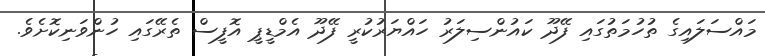
މައްސަލައިގެ ތުހުމަތުގައި ފޭދޫ ކައުންސިލަރު ހައްޔަރުކުރީ ފޭދޫ އެމްޑީޕީ އޮފީސް ތެރޭގައި ހުންވަނިކޮށެވެ.